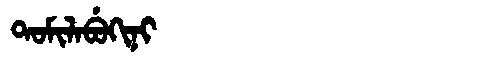
Manchu: ᡨᠣᠮᡳᠯᠠᠪᡠᡴᡳᠨᡳ
Romanization: TOMILABUKINI